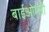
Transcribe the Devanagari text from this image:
बाईओप्सी